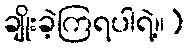
ချိုးခဲ့ကြရပါရဲ့။)